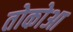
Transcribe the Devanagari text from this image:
तोकोआ